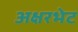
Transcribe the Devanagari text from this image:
अक्षरभेट